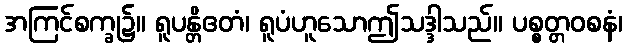
အကြင်စက္ခု၌။ ရူပန္တိဧတံ၊ ရူပံဟူသောဤသဒ္ဒါသည်။ ပစ္စတ္တဝစနံ၊